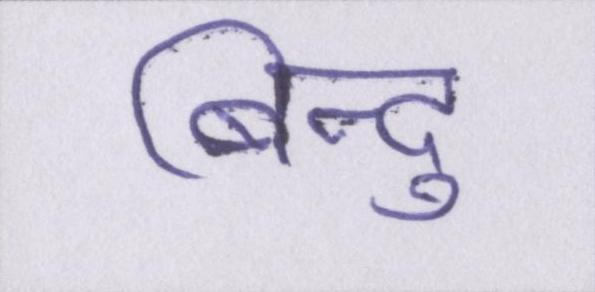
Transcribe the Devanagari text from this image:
बिन्दु